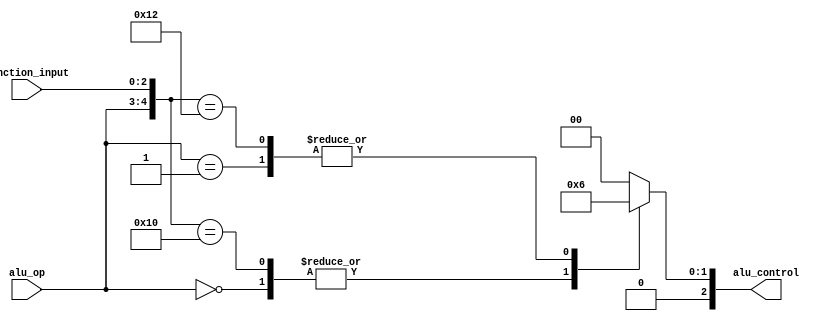
 module ALUControl(function_input, alu_op, alu_control);  
    input [2:0] function_input;
    input [1:0] alu_op;  
    output reg[2:0] alu_control;
    wire [4:0] alu_control_in;  
    assign alu_control_in = {alu_op, function_input};  
    always @(alu_control_in)
    begin
      casex (alu_control_in)  
          5'b00xxx: alu_control = 3'b001;  
          5'b01xxx: alu_control = 3'b010;  
          5'b10000: alu_control = 3'b001;  
          5'b10010: alu_control = 3'b010;  
          default: alu_control = 3'b000; 
      endcase 
    end
endmodule